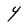
Character: Y